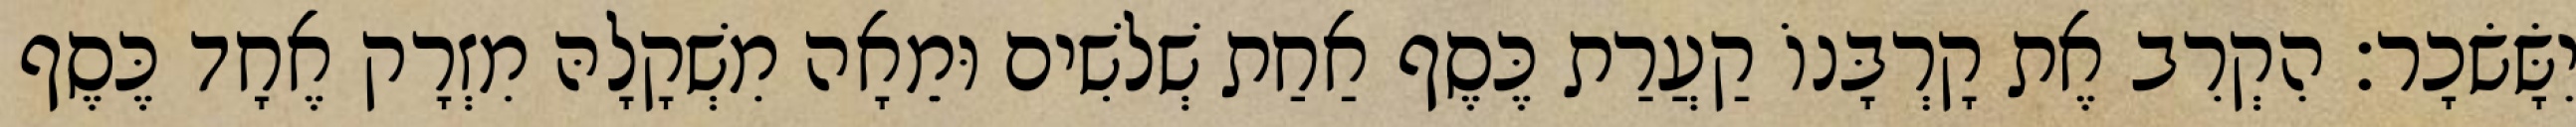
יִשָּׂשׂכָר׃ הִקְרִב אֶת קָרְבָּנוֹ קַעֲרַת כֶּסֶף אַחַת שְׁלשִׁים וּמֵאָה מִשְׁקָלָהּ מִזְרָק אֶחָד כֶּסֶף